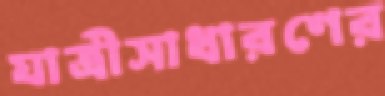
যাত্রীসাধারণের